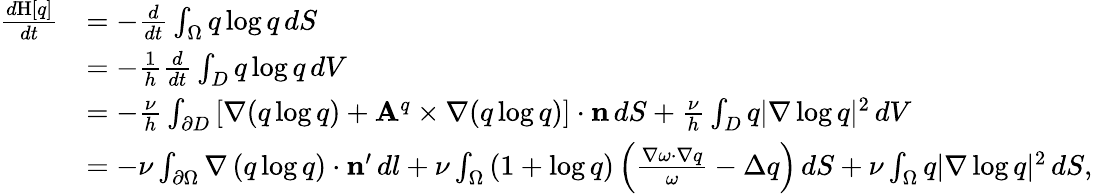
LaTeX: \begin{array}{rl}{\frac{d\mathrm{H}[q]}{dt}}&{=-\frac{d}{dt}\int_{\Omega}q\log q\, dS}\\ &{=-\frac{1}{h}\frac{d}{dt}\int_{D}q\log q\, dV}\\ &{=-\frac{\nu}{h}\int_{\partial D}\left[{\nabla(q\log q)+\mathbf{A}^{q}\times\nabla(q\log q)}\right]\cdot\mathbf{n}\, dS+\frac{\nu}{h}\int_{D}q|\nabla\log q|^{2}\, dV}\\ &{=-\nu\int_{\partial\Omega}\nabla\left({q\log q}\right)\cdot\mathbf{n}^{\prime}\, dl+\nu\int_{\Omega}\left({1+\log q}\right)\left({\frac{\nabla\omega\cdot\nabla q}{\omega}-\Delta q}\right)\, dS+{\nu}\int_{\Omega}q|\nabla\log q|^{2}\, dS,}\end{array}